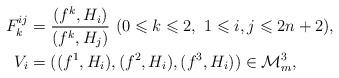
LaTeX: \begin{align*}F_k^{ij}&=\dfrac {(f^k,H_i)}{(f^k,H_j)}\ (0\leqslant k\leqslant 2,\ 1\leqslant i,j\leqslant 2n+2),\\ V_i&=( (f^1,H_i),(f^2,H_i),(f^3,H_i))\in\mathcal M_m^3,\end{align*}